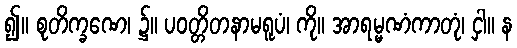
၍။ စုတိက္ခဏေ၊ ၌။ ပဝတ္တိတနာမရူပံ၊ ကို။ အာရမ္မဏံကာတုံ၊ ငှါ။ န